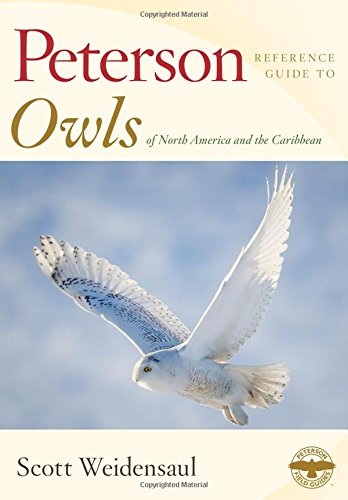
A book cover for Peterson Reference Guide to Owls of North America and the Caribbean (Peterson Reference Guides); Scott Weidensaul; Science & Math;